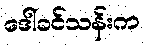
ဒေါ်ခင်သန်းက